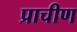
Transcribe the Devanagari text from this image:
प्राचीण